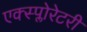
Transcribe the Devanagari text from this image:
एक्स्प्लोरेटरी